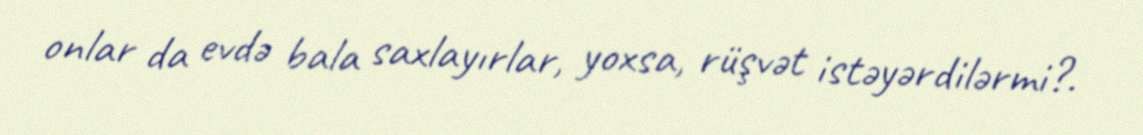
onlar da evdə bala saxlayırlar, yoxsa, rüşvət istəyərdilərmi?.